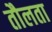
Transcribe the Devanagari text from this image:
तौलता